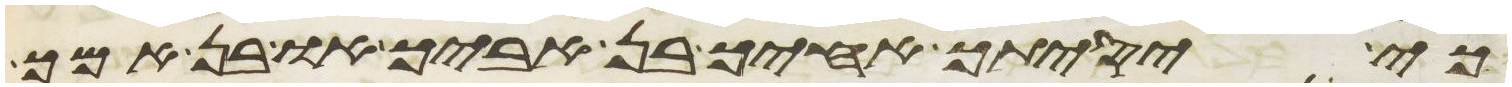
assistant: כי יסיתך אחיך בן אביך או בן אמך